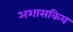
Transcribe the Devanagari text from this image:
अशासकिय